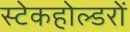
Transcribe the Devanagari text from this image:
स्टेकहोल्डरों